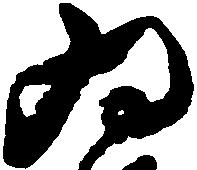
為